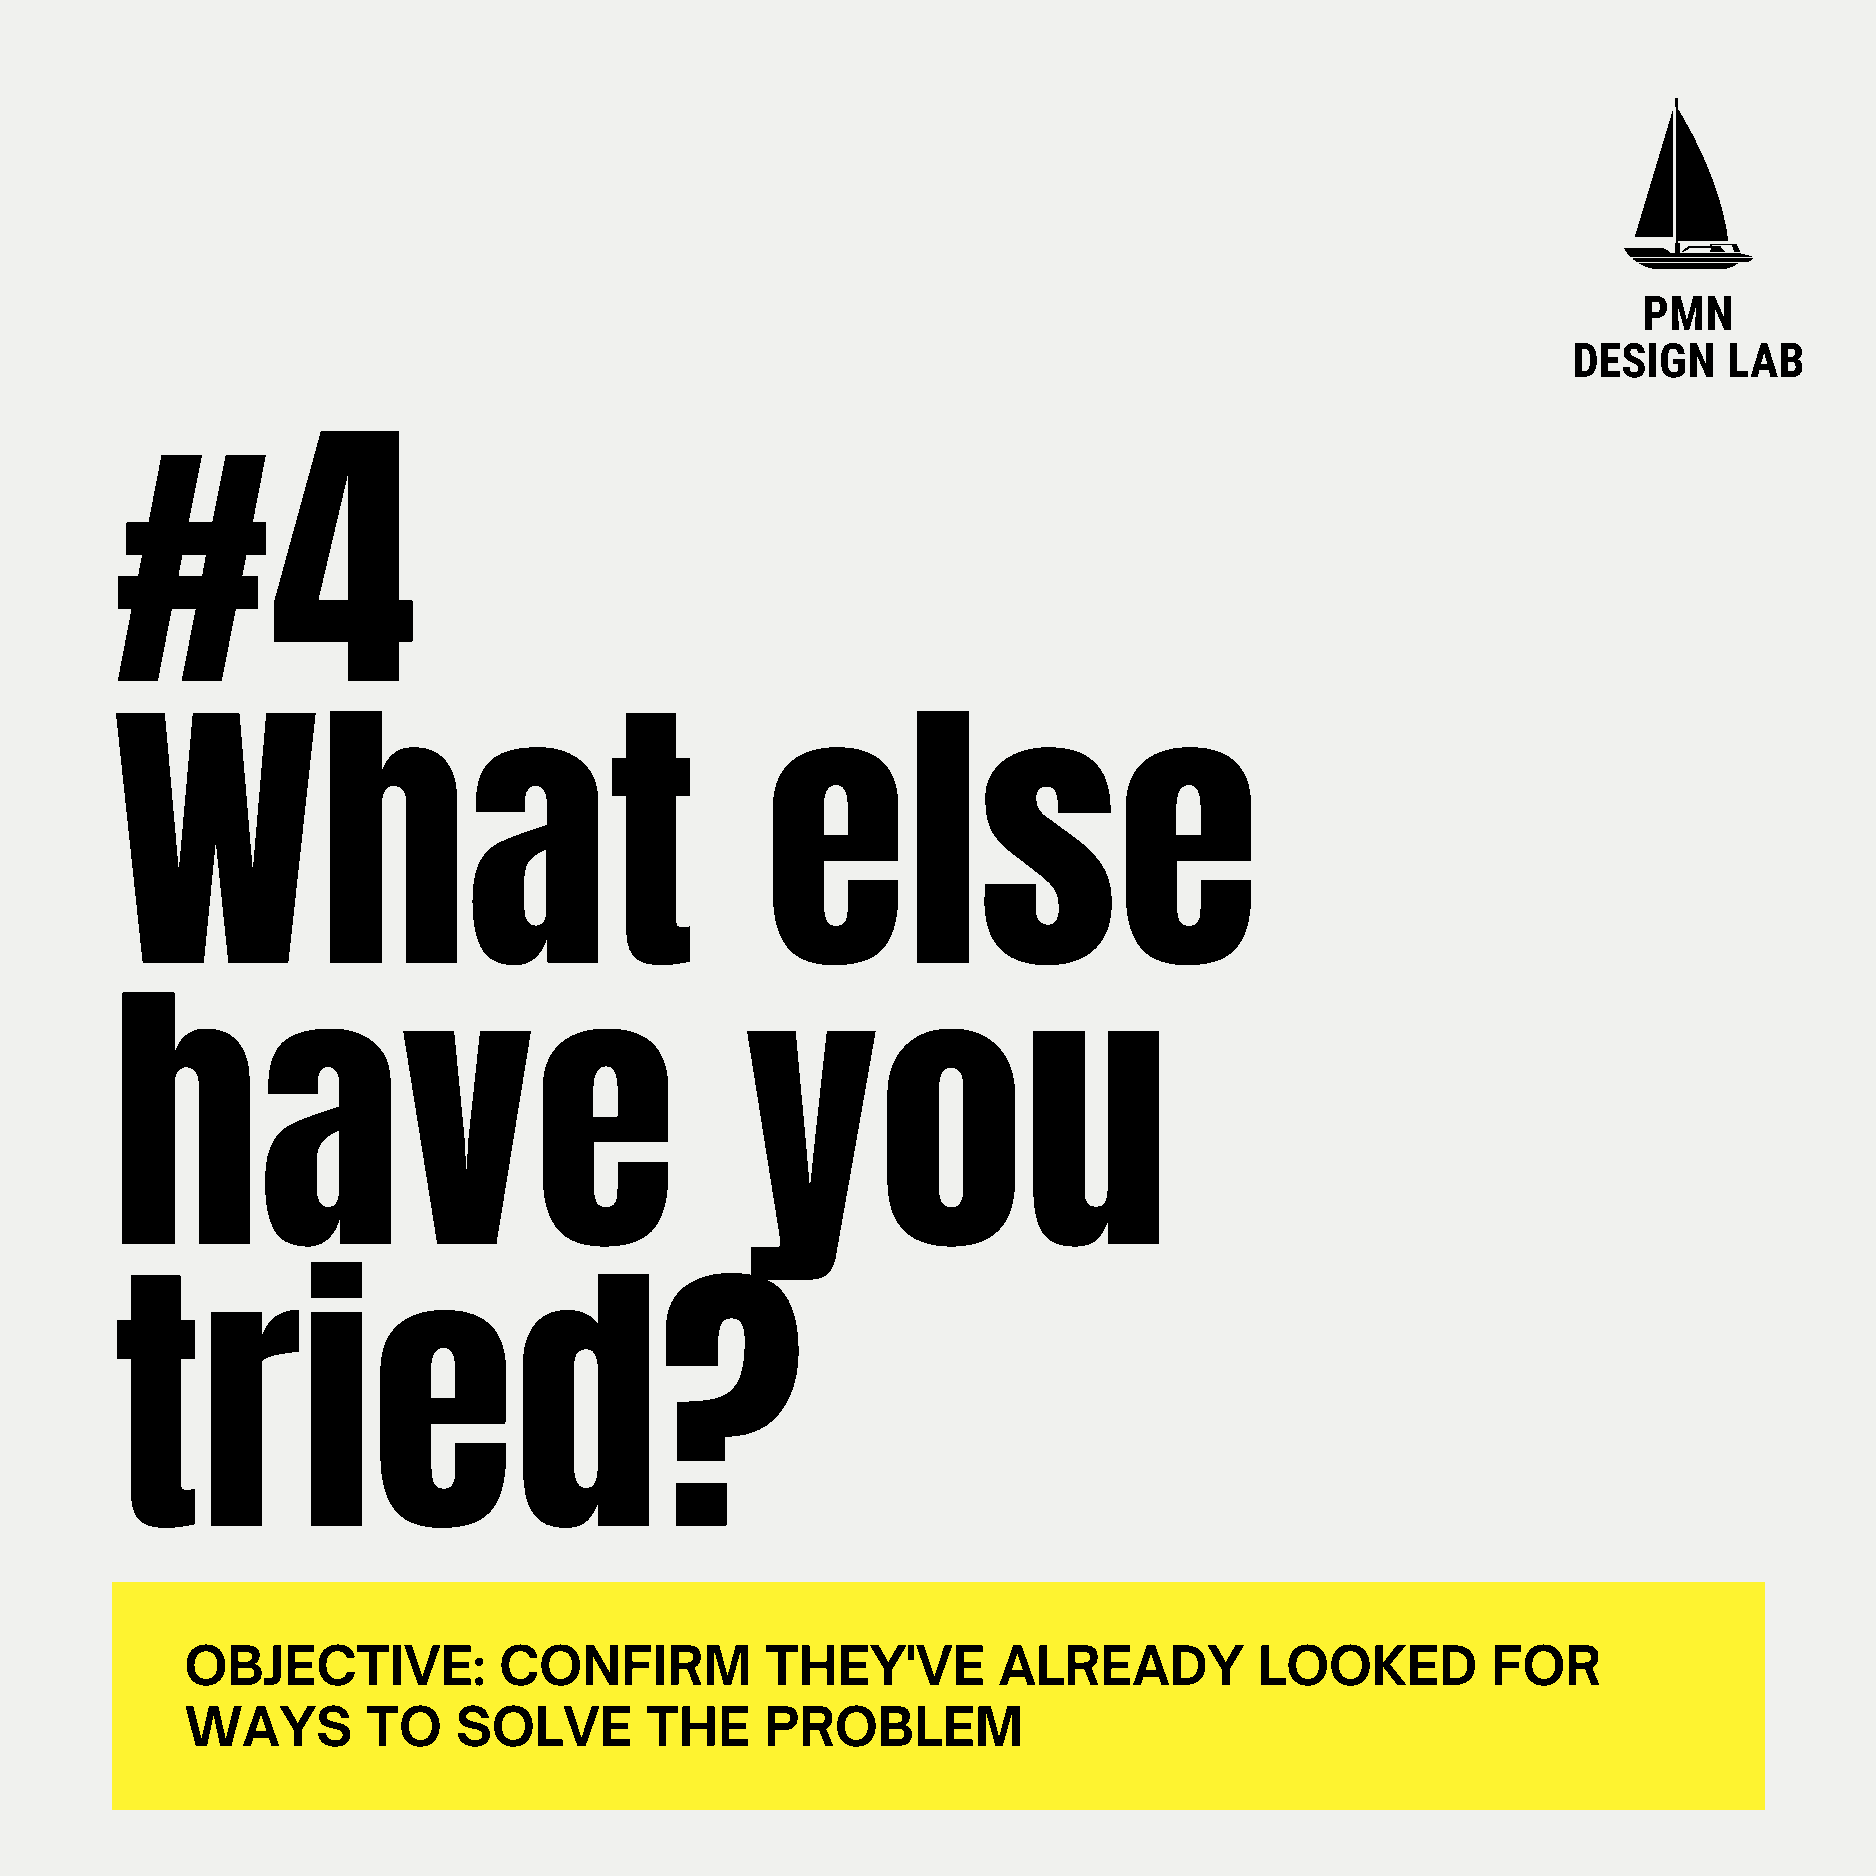
PMN
 DESIGN    LAB
 #4
 What                                        else
 have                                      you
 tried?
 OBJECTIVE:           CONFIRM           THEY'VE        ALREADY          LOOKED          FOR
 WAYS        TO    SOLVE        THE     PROBLEM